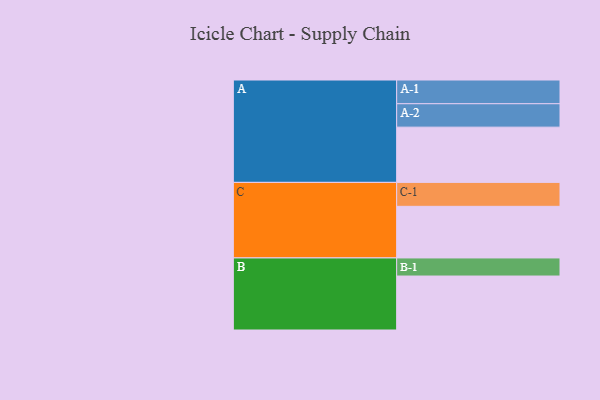
{"axis": {"x": "Segment", "y": "Value"}, "legend": ["", "A", "B", "C"], "data": [{"x": "A", "y": 519, "type": ""}, {"x": "B", "y": 507, "type": ""}, {"x": "C", "y": 485, "type": ""}, {"x": "A-1", "y": 223, "type": "A"}, {"x": "A-2", "y": 220, "type": "A"}, {"x": "B-1", "y": 170, "type": "B"}, {"x": "C-1", "y": 225, "type": "C"}]}